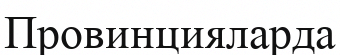
Провинцияларда